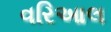
વરિઆલ